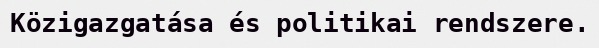
Közigazgatása és politikai rendszere.